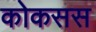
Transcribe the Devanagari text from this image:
कोकसस